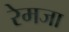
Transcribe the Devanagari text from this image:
रेमजा